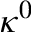
\kappa ^ { 0 }